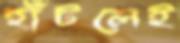
হাঁটলেই